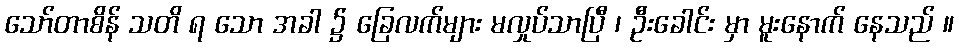
သော်တာစိန် သတိ ရ သော အခါ ၌ ခြေလက်များ မလှုပ်သာပြီ ၊ ဦးခေါင်း မှာ မူးနောက် နေသည် ။